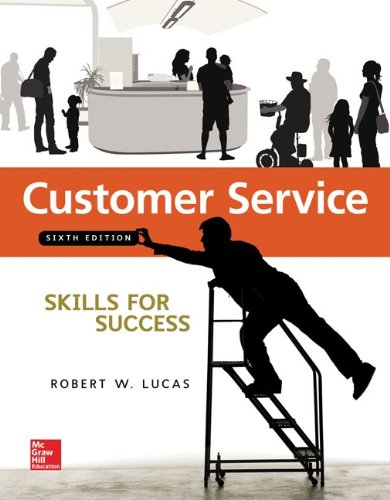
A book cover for Customer Service Skills for Success; Robert Lucas; Business & Money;